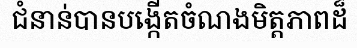
ជំនាន់បានបង្កើតចំណងមិត្តភាពដ៏